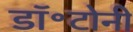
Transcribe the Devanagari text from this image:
डॉ॰टोनी